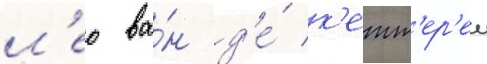
л'ео ва́н д'е́ к'етт'ер'еи